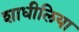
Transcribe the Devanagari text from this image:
शाधीलिया